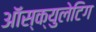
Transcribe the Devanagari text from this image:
ऑस्क्युलेटिग